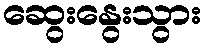
ဆွေးနွေးသွား